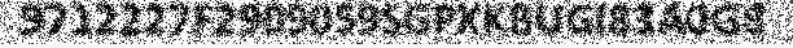
9712227F2909059SGPXKBUGI83A0G8